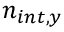
n _ { i n t , y }